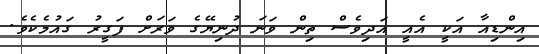
އިންޑިއާ އަކީ އެއީ އަދިވެސް ތިން ވަނަ ދުނިޔޭގެ ވަރަށް ފަގީރު ގައުމެކެވެ.